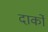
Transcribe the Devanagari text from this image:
दार्को